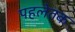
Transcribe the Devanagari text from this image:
पहलेतक